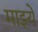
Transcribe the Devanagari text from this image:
माझ्ये